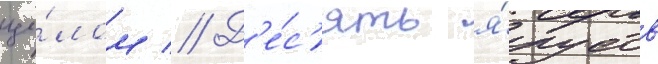
це́лом // Д'е́с'ять я́русов